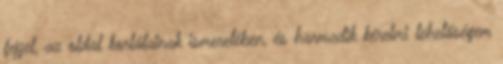
fejjel, az oldal korlátainak ismeretében, és harmadik kérelmi lehetőségem